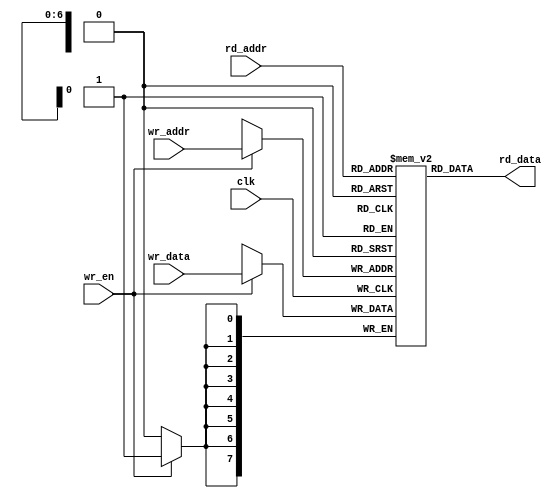
//
// Copyright (c) 2004 Guy Hutchison (ghutchis@opencores.org)
//
// Permission is hereby granted, free of charge, to any person obtaining a 
// copy of this software and associated documentation files (the "Software"), 
// to deal in the Software without restriction, including without limitation 
// the rights to use, copy, modify, merge, publish, distribute, sublicense, 
// and/or sell copies of the Software, and to permit persons to whom the 
// Software is furnished to do so, subject to the following conditions:
//
// The above copyright notice and this permission notice shall be included 
// in all copies or substantial portions of the Software.
//
// THE SOFTWARE IS PROVIDED "AS IS", WITHOUT WARRANTY OF ANY KIND, 
// EXPRESS OR IMPLIED, INCLUDING BUT NOT LIMITED TO THE WARRANTIES OF 
// MERCHANTABILITY, FITNESS FOR A PARTICULAR PURPOSE AND NONINFRINGEMENT. 
// IN NO EVENT SHALL THE AUTHORS OR COPYRIGHT HOLDERS BE LIABLE FOR ANY 
// CLAIM, DAMAGES OR OTHER LIABILITY, WHETHER IN AN ACTION OF CONTRACT, 
// TORT OR OTHERWISE, ARISING FROM, OUT OF OR IN CONNECTION WITH THE 

// RAM with 1 synchronous write port and one async read port

module ram_1r_1w (/*AUTOARG*/
  // Outputs
  rd_data, 
  // Inputs
  clk, wr_addr, wr_en, wr_data, rd_addr
  );

  parameter  width = 8;
  parameter  depth = 128;
  parameter  addr_sz = 7;

  input               clk;
  input [addr_sz-1:0] wr_addr;
  input               wr_en;
  input [width-1:0]   wr_data;

  input [addr_sz-1:0] rd_addr;
  output [width-1:0]  rd_data;

  reg [width-1:0]     mem [0:depth-1];

  always @(posedge clk)
    begin
      if (wr_en)
        mem[wr_addr] <= #1 wr_data;
    end

  assign rd_data = mem[rd_addr];

endmodule // ram_1r_1w